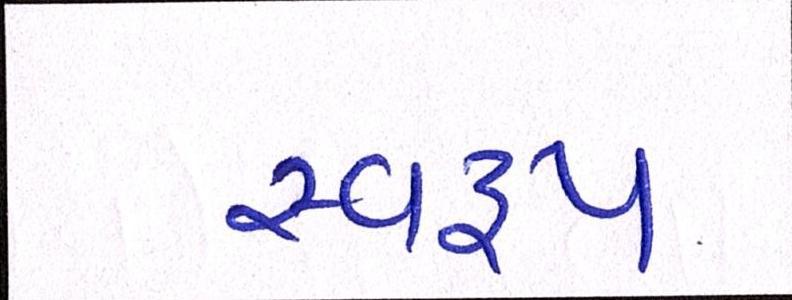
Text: સ્વરૃપ